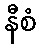
နီစံ